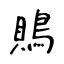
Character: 鵙